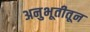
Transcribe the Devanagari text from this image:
अनुभूतीतून